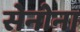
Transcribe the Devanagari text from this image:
सेनोना